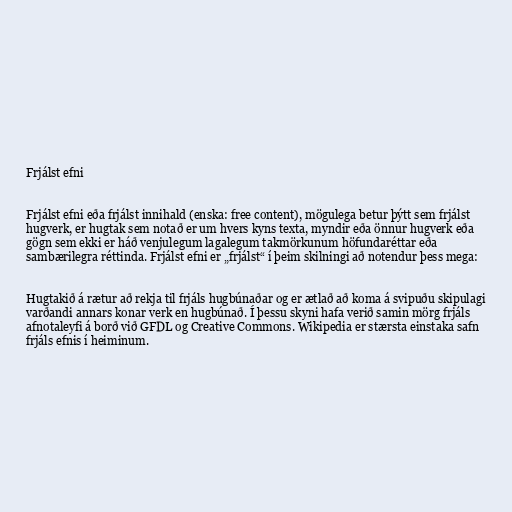
Frjálst efni

Frjálst efni eða frjálst innihald (enska: free content), mögulega betur þýtt sem frjálst
hugverk, er hugtak sem notað er um hvers kyns texta, myndir eða önnur hugverk eða
gögn sem ekki er háð venjulegum lagalegum takmörkunum höfundaréttar eða
sambærilegra réttinda. Frjálst efni er „frjálst“ í þeim skilningi að notendur þess mega:

Hugtakið á rætur að rekja til frjáls hugbúnaðar og er ætlað að koma á svipuðu skipulagi
varðandi annars konar verk en hugbúnað. Í þessu skyni hafa verið samin mörg frjáls
afnotaleyfi á borð við GFDL og Creative Commons. Wikipedia er stærsta einstaka safn
frjáls efnis í heiminum.